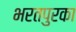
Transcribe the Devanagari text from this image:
भरतपुरका